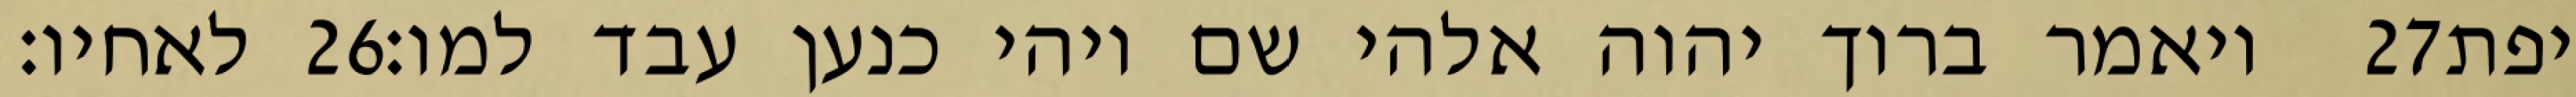
לאחיו׃ ‎26‏ ויאמר ברוך יהוה אלהי שם ויהי כנען עבד למו׃ ‎27‏ יפת